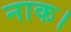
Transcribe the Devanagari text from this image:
नाक।